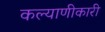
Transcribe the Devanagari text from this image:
कल्याणीकारी